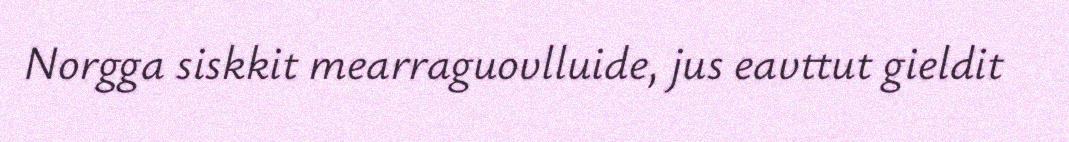
Norgga siskkit mearraguovlluide, jus eavttut gieldit